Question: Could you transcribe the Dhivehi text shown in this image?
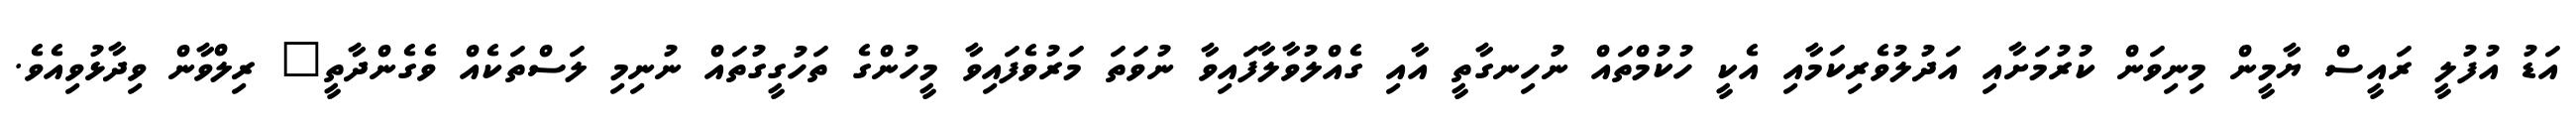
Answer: އަޑު އުފުލީ ރައީސް ޔާމީން މިނިވަން ކުރުމަށާއި އަދުލުވެރިކަމާއި އެކީ ހުކުމްތައް ނުހިނގާތީ އާއި ގެއްލުވާލާފައިވާ ނުވަތަ މަރުވެފައިވާ މީހުންގެ ތަހުގީގުތައް ނުނިމި ލަސްތަކެއް ވެގެންދާތީ" ރިލްވާން ވިދާޅުވިއެވެ.